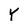
Character: Y